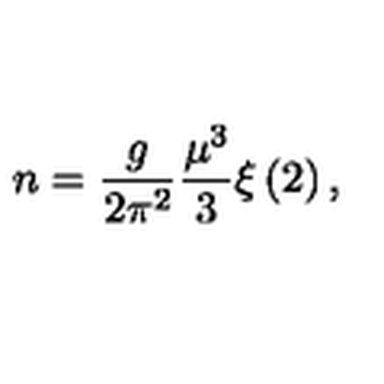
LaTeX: n = \frac { g } { 2 \pi ^ { 2 } } \frac { \mu ^ { 3 } } { 3 } \xi \left( 2 \right) ,